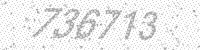
Solution: 736713